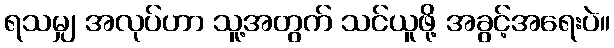
ရသမျှ အလုပ်ဟာ သူ့အတွက် သင်ယူဖို့ အခွင့်အရေးပဲ။